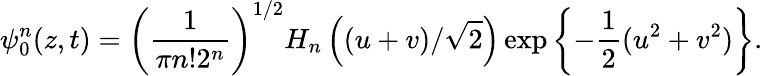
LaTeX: \psi_{0}^{n}(z,t)=\left({\frac{1}{\pi n!2^{n}}}\right)^{1/2}H_{n}\left((u+v)/\sqrt{2}\right)\exp\left\{ -{\frac{1}{2}}(u^{2}+v^{2})\right\} .